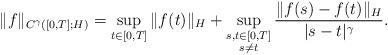
LaTeX: \begin{align*}\|f \|_{C^{\gamma}([0,T];H)} = \sup_{t\in [0,T]} \|f(t)\|_H + \sup_{\substack{s,t\in [0,T] \\ s \neq t }} \frac{\|f(s) - f(t)\|_H}{|s - t|^{\gamma}}.\end{align*}